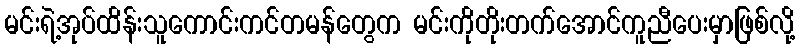
မင်းရဲ့အုပ်ထိန်းသူကောင်းကင်တမန်တွေက မင်းကိုတိုးတက်အောင်ကူညီပေးမှာဖြစ်လို့